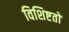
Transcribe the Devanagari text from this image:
विशिष्टतों